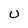
Character: U